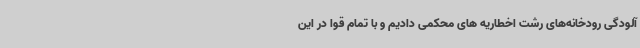
آلودگی رودخانه‌های رشت اخطاریه های محکمی دادیم و با تمام قوا در این